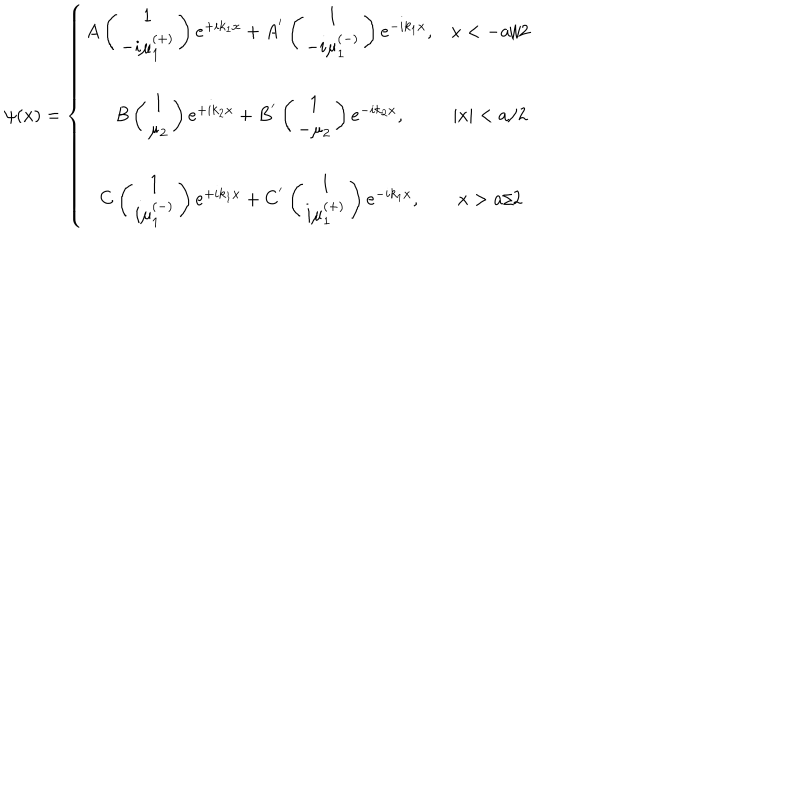
\psi ( x ) = \left\{ \begin{array} { c c } { { A \left( \begin{array} { c } { { 1 } } \\ { { - i \mu _ { 1 } ^ { \left( + \right) } } } \\ \end{array} \right) e ^ { + i k _ { 1 } x } + A ^ { ^ { \prime } } \left( \begin{array} { c } { { 1 } } \\ { { - i \mu _ { 1 } ^ { \left( - \right) } } } \\ \end{array} \right) e ^ { - i k _ { 1 } x } , } } & { { x < - a / 2 } } \\ { { } } & { { } } \\ { { B \left( \begin{array} { c } { { 1 } } \\ { { \mu _ { 2 } } } \\ \end{array} \right) e ^ { + i k _ { 2 } x } + B ^ { ^ { \prime } } \left( \begin{array} { c } { { 1 } } \\ { { - \mu _ { 2 } } } \\ \end{array} \right) e ^ { - i k _ { 2 } x } , } } & { { | x | < a / 2 } } \\ { { } } & { { } } \\ { { C \left( \begin{array} { c } { { 1 } } \\ { { i \mu _ { 1 } ^ { \left( - \right) } } } \\ \end{array} \right) e ^ { + i k _ { 1 } x } + C ^ { ^ { \prime } } \left( \begin{array} { c } { { 1 } } \\ { { i \mu _ { 1 } ^ { \left( + \right) } } } \\ \end{array} \right) e ^ { - i k _ { 1 } x } , } } & { { x > a / 2 } } \\ \end{array} \right.